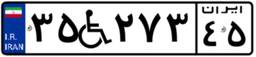
۳۵W۲۷۳۴۵